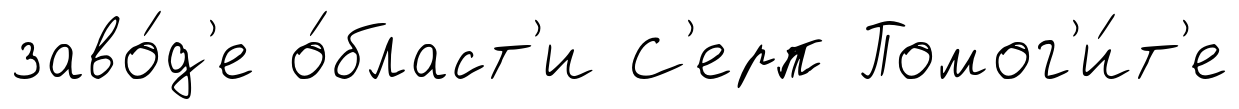
заво́д'е о́бласт'и С'ерп Помог'и́т'е